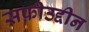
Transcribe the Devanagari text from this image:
सफ़ीउद्दीन